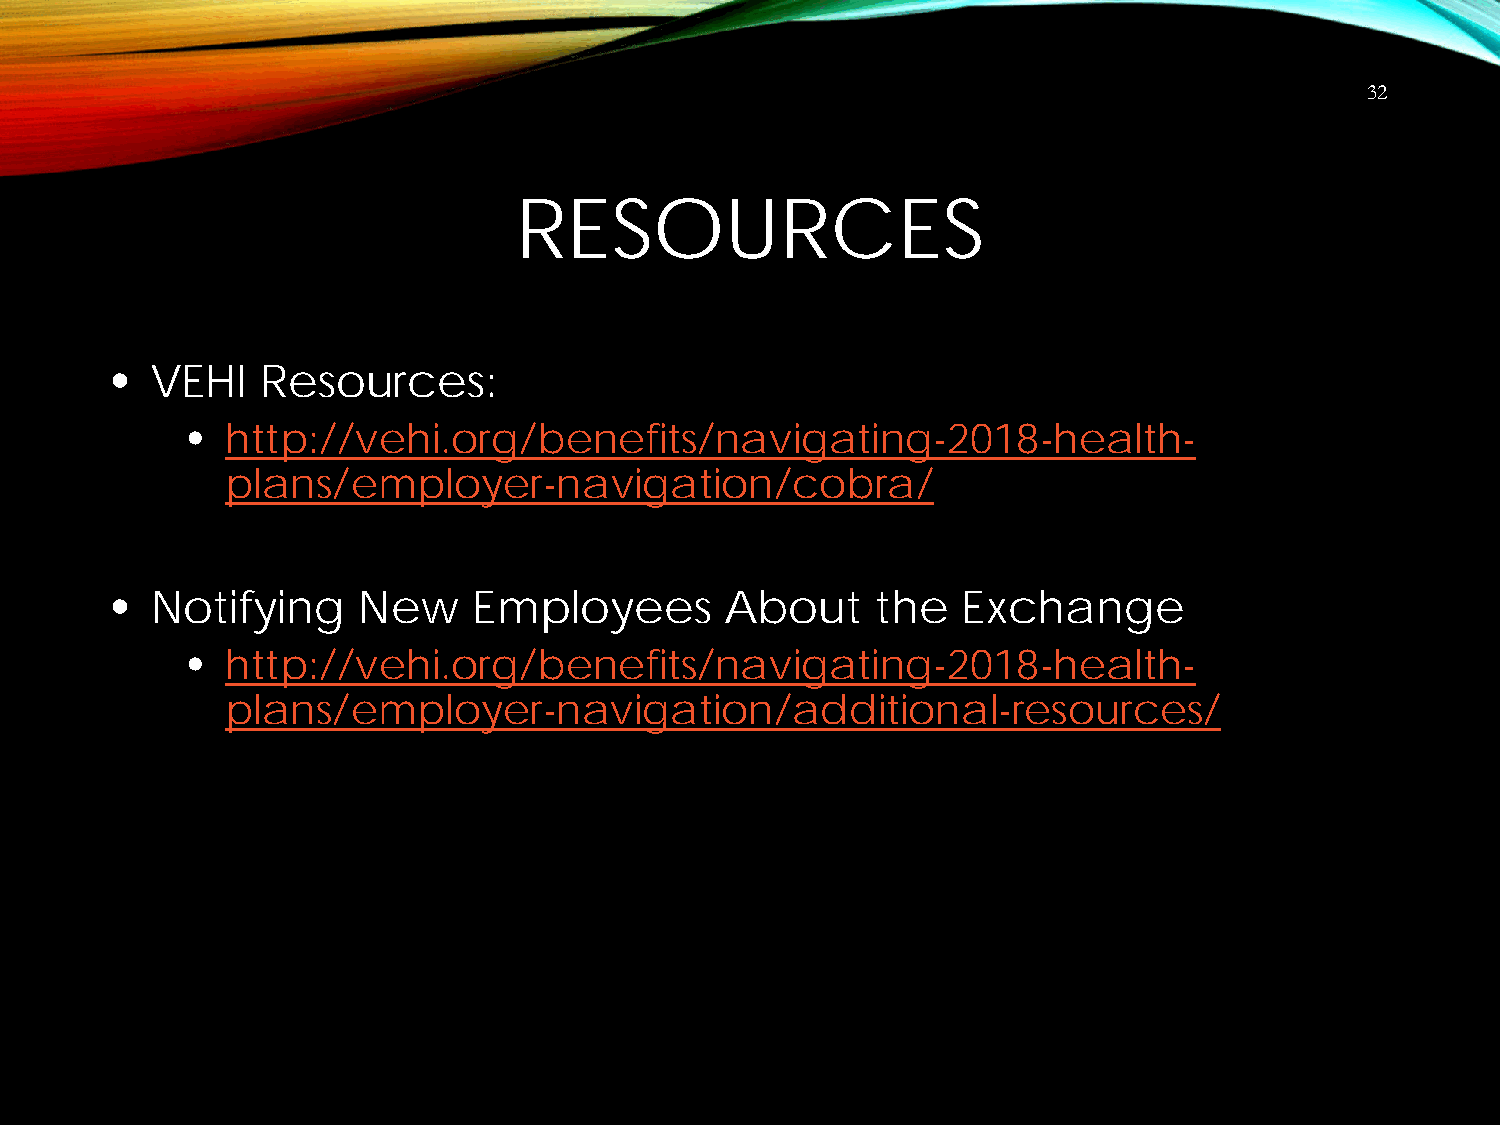
32
 RESOURCES
 •  VEHI   Resources:
 •  http://vehi.org/benefits/navigating-2018-health-
 plans/employer-navigation/cobra/
 •  Notifying     New    Employees        About     the   Exchange
 •  http://vehi.org/benefits/navigating-2018-health-
 plans/employer-navigation/additional-resources/